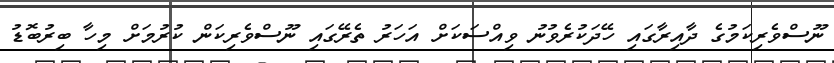
ނޫސްވެރިކަމުގެ ދާއިރާގައި ހޭދަކުރެވުނު ވިއްސަކަށް އަހަރު ތެރޭގައި ނޫސްވެރިކަން ކުރުމަށް މިހާ ބިރުބޮޑު